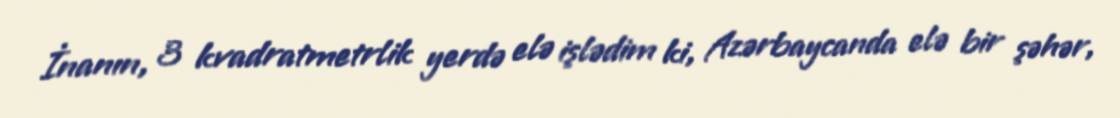
İnanın, 3 kvadratmetrlik yerdə elə işlədim ki, Azərbaycanda elə bir şəhər,